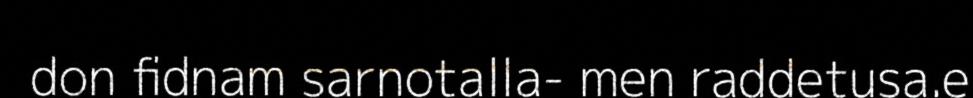
don fidnam sarnotalla- men raddetusa.e